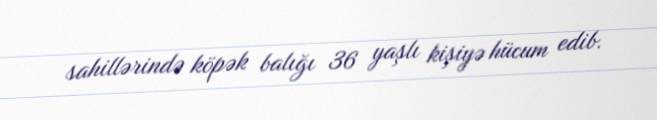
sahillərində köpək balığı 36 yaşlı kişiyə hücum edib.